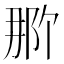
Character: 𬪄